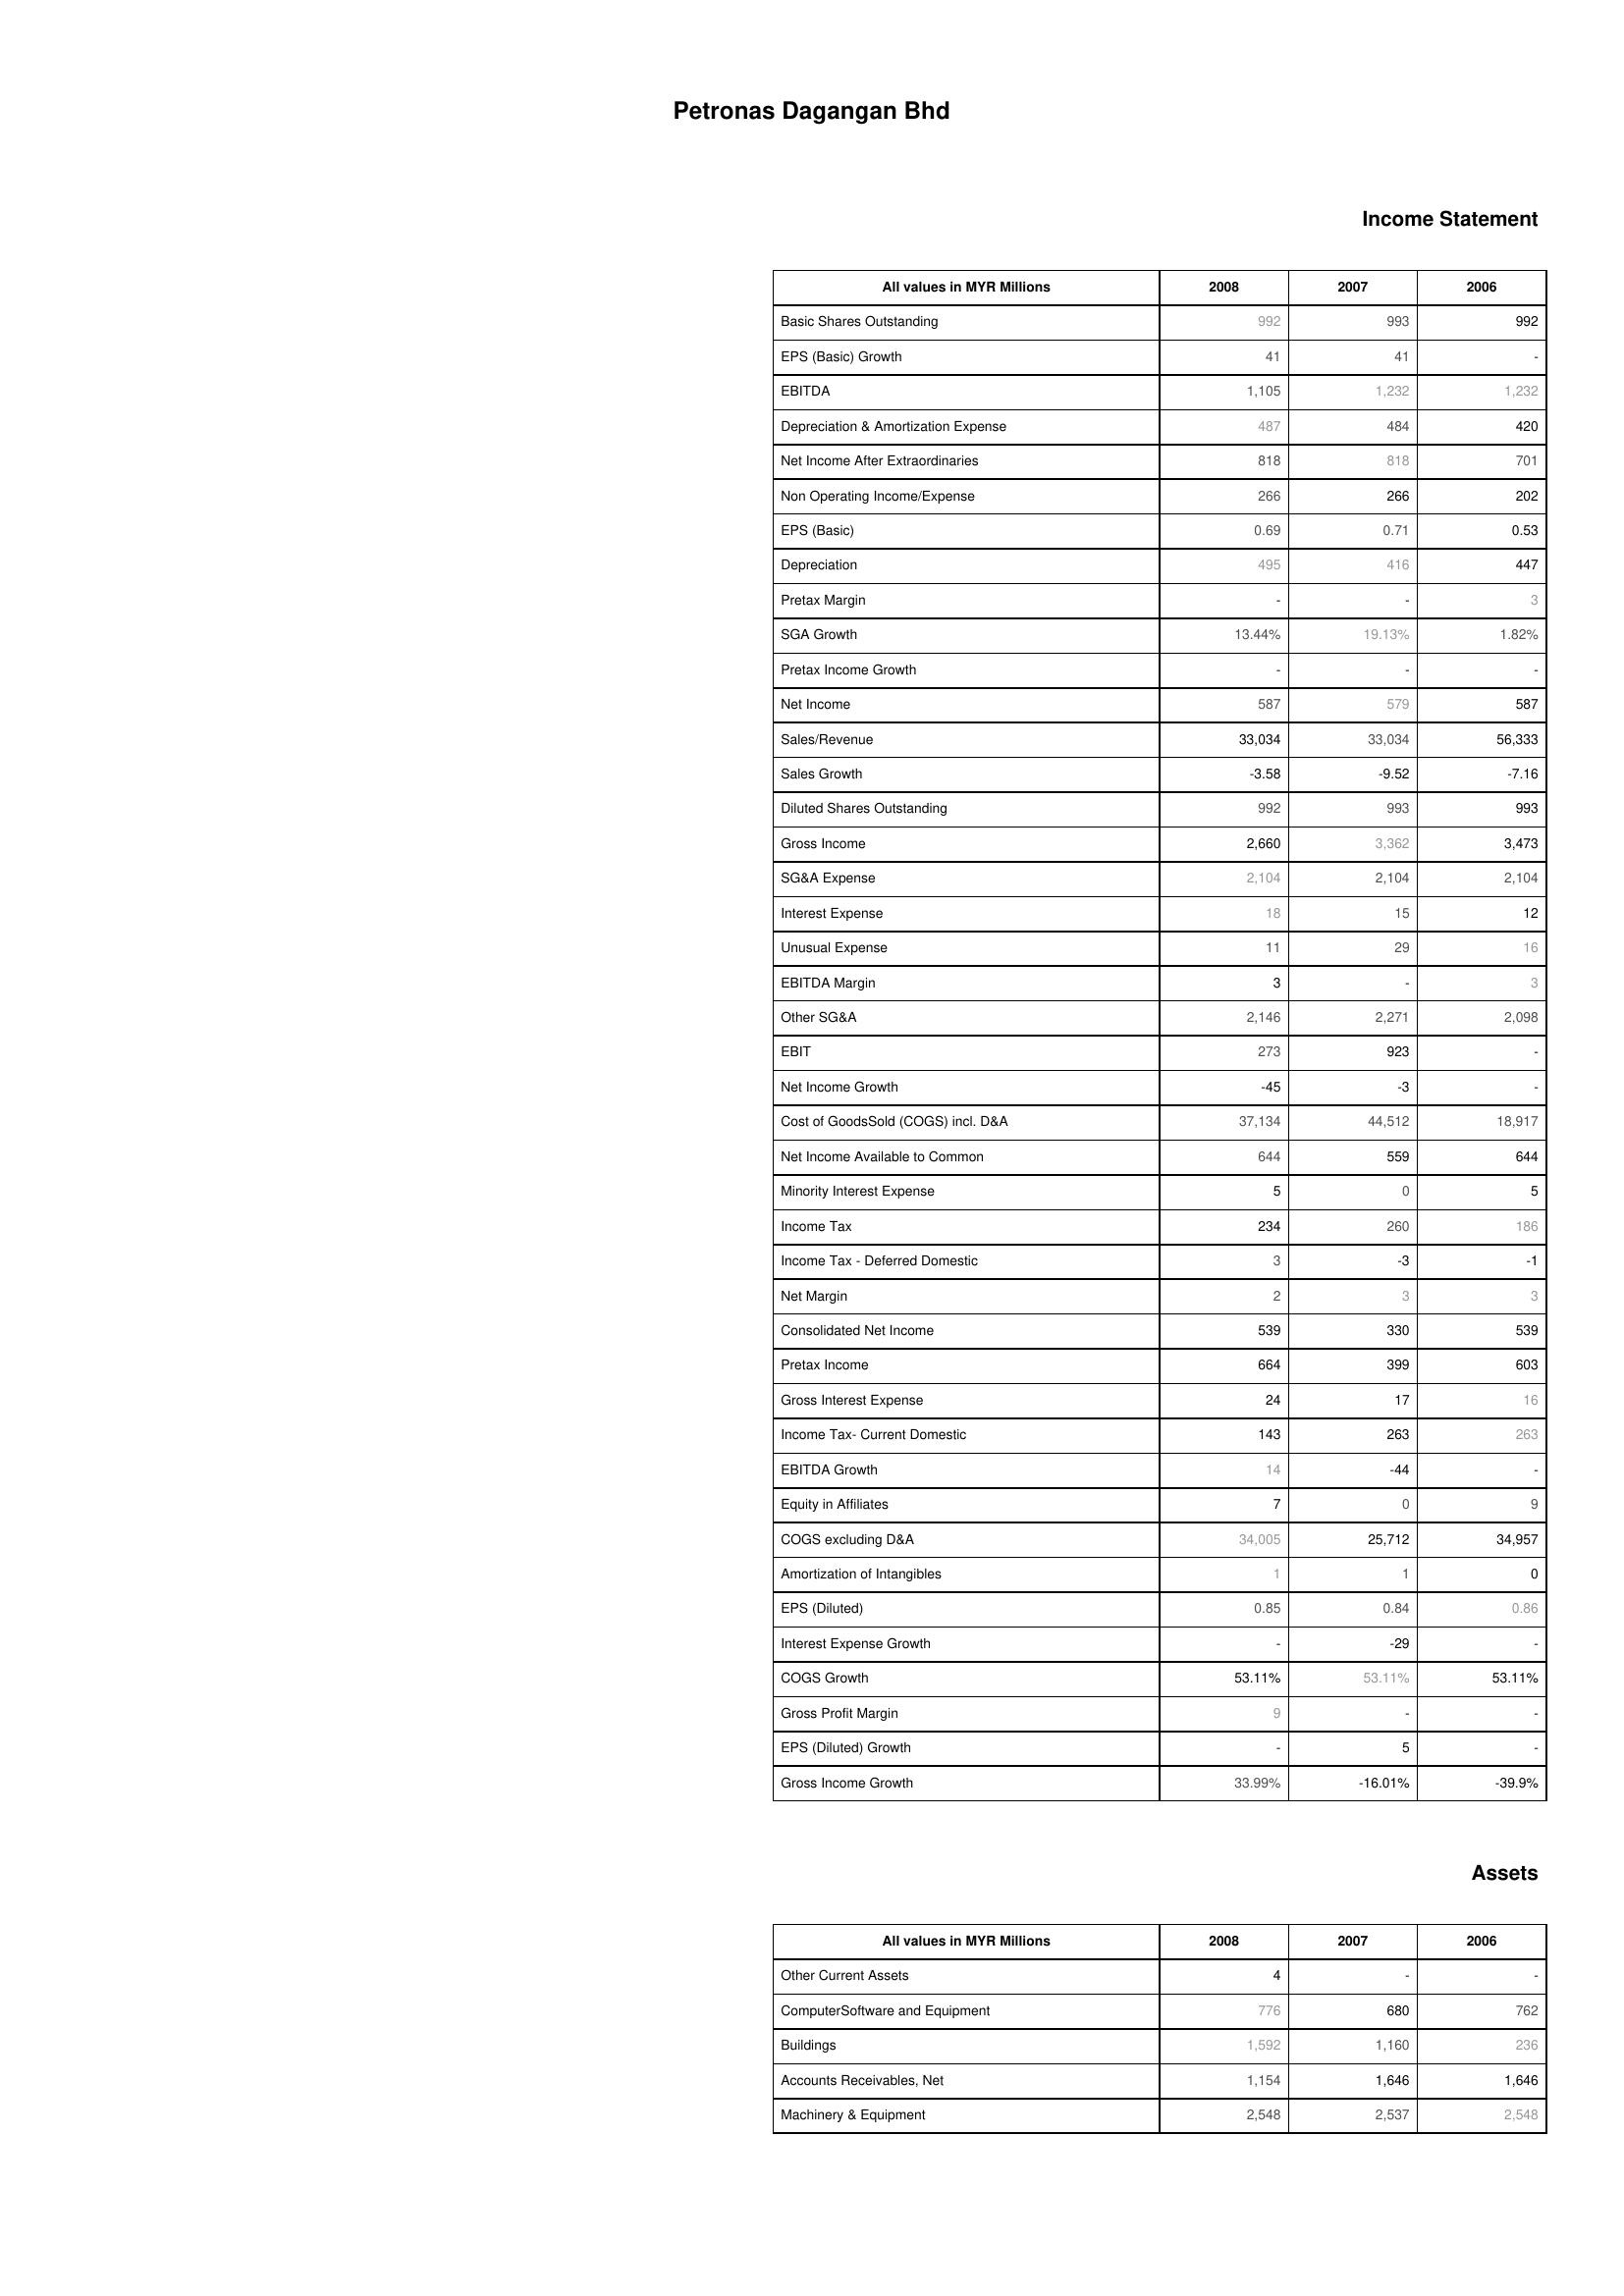
2008: Income Statement: Basic Shares Outstanding: 992
EPS (Basic) Growth: 41
EBITDA: 1,105
Depreciation & Amortization Expense: 487
Net Income After Extraordinaries: 818
Non Operating Income/Expense: 266
EPS (Basic): 0.69
Depreciation: 495
Pretax Margin: -
SGA Growth: 13.44%
Pretax Income Growth: -
Net Income: 587
Sales/Revenue: 33,034
Sales Growth: -3.58
Diluted Shares Outstanding: 992
Gross Income: 2,660
SG&A Expense: 2,104
Interest Expense: 18
Unusual Expense: 11
EBITDA Margin: 3
Other SG&A: 2,146
EBIT: 273
Net Income Growth: -45
Cost of GoodsSold (COGS) incl. D&A: 37,134
Net Income Available to Common: 644
Minority Interest Expense: 5
Income Tax: 234
Income Tax - Deferred Domestic: 3
Net Margin: 2
Consolidated Net Income: 539
Pretax Income: 664
Gross Interest Expense: 24
Income Tax- Current Domestic: 143
EBITDA Growth: 14
Equity in Affiliates: 7
COGS excluding D&A: 34,005
Amortization of Intangibles: 1
EPS (Diluted): 0.85
Interest Expense Growth: -
COGS Growth: 53.11%
Gross Profit Margin: 9
EPS (Diluted) Growth: -
Gross Income Growth: 33.99%
Assets: Other Current Assets: 4
ComputerSoftware and Equipment: 776
Buildings: 1,592
Accounts Receivables, Net: 1,154
Machinery & Equipment: 2,548
2007: Income Statement: Basic Shares Outstanding: 993
EPS (Basic) Growth: 41
EBITDA: 1,232
Depreciation & Amortization Expense: 484
Net Income After Extraordinaries: 818
Non Operating Income/Expense: 266
EPS (Basic): 0.71
Depreciation: 416
Pretax Margin: -
SGA Growth: 19.13%
Pretax Income Growth: -
Net Income: 579
Sales/Revenue: 33,034
Sales Growth: -9.52
Diluted Shares Outstanding: 993
Gross Income: 3,362
SG&A Expense: 2,104
Interest Expense: 15
Unusual Expense: 29
EBITDA Margin: -
Other SG&A: 2,271
EBIT: 923
Net Income Growth: -3
Cost of GoodsSold (COGS) incl. D&A: 44,512
Net Income Available to Common: 559
Minority Interest Expense: 0
Income Tax: 260
Income Tax - Deferred Domestic: -3
Net Margin: 3
Consolidated Net Income: 330
Pretax Income: 399
Gross Interest Expense: 17
Income Tax- Current Domestic: 263
EBITDA Growth: -44
Equity in Affiliates: 0
COGS excluding D&A: 25,712
Amortization of Intangibles: 1
EPS (Diluted): 0.84
Interest Expense Growth: -29
COGS Growth: 53.11%
Gross Profit Margin: -
EPS (Diluted) Growth: 5
Gross Income Growth: -16.01%
Assets: Other Current Assets: -
ComputerSoftware and Equipment: 680
Buildings: 1,160
Accounts Receivables, Net: 1,646
Machinery & Equipment: 2,537
2006: Income Statement: Basic Shares Outstanding: 992
EPS (Basic) Growth: -
EBITDA: 1,232
Depreciation & Amortization Expense: 420
Net Income After Extraordinaries: 701
Non Operating Income/Expense: 202
EPS (Basic): 0.53
Depreciation: 447
Pretax Margin: 3
SGA Growth: 1.82%
Pretax Income Growth: -
Net Income: 587
Sales/Revenue: 56,333
Sales Growth: -7.16
Diluted Shares Outstanding: 993
Gross Income: 3,473
SG&A Expense: 2,104
Interest Expense: 12
Unusual Expense: 16
EBITDA Margin: 3
Other SG&A: 2,098
EBIT: -
Net Income Growth: -
Cost of GoodsSold (COGS) incl. D&A: 18,917
Net Income Available to Common: 644
Minority Interest Expense: 5
Income Tax: 186
Income Tax - Deferred Domestic: -1
Net Margin: 3
Consolidated Net Income: 539
Pretax Income: 603
Gross Interest Expense: 16
Income Tax- Current Domestic: 263
EBITDA Growth: -
Equity in Affiliates: 9
COGS excluding D&A: 34,957
Amortization of Intangibles: 0
EPS (Diluted): 0.86
Interest Expense Growth: -
COGS Growth: 53.11%
Gross Profit Margin: -
EPS (Diluted) Growth: -
Gross Income Growth: -39.9%
Assets: Other Current Assets: -
ComputerSoftware and Equipment: 762
Buildings: 236
Accounts Receivables, Net: 1,646
Machinery & Equipment: 2,548